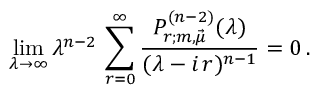
\operatorname * { l i m } _ { \lambda \rightarrow \infty } \lambda ^ { n - 2 } \, \sum _ { r = 0 } ^ { \infty } { \frac { P _ { r ; m , \vec { \mu } } ^ { ( n - 2 ) } ( \lambda ) } { ( \lambda - i \, r ) ^ { n - 1 } } } = 0 \, .